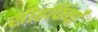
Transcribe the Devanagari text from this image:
सीहफिंयाँ